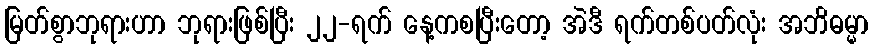
မြတ်စွာဘုရားဟာ ဘုရားဖြစ်ပြီး ၂၂-ရက် နေ့ကစပြီးတော့ အဲဒီ ရက်တစ်ပတ်လုံး အဘိဓမ္မာ